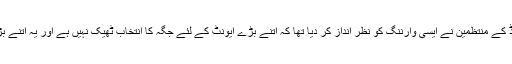
رپورٹوں کے مطابق اس لو پریڈ کے منتظمین نے ایسی وارننگ کو نظر انداز کر دیا تھا کہ اتنے بڑے ایونٹ کے لئے جگہ کا انتخاب ٹھیک نہیں ہے اور یہ اتنے بڑے مجمع کے لئے چھوٹی ہے۔